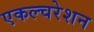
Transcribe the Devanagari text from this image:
एकल्चरेशन